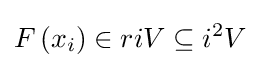
F\left(x_{i}\right)\in riV\subseteq i^{2}V